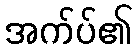
အက်ပ်၏